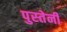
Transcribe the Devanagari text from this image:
पुस्‍तेनी